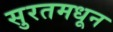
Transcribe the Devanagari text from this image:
सुरतमधून